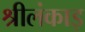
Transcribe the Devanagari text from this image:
श्रीलंकाइ